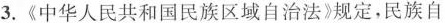
3.《中华人民共和国民族区域自治法》规定，民族自